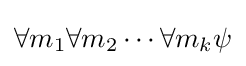
\forall m_{1}\forall m_{2}\cdots \forall m_{k}\psi